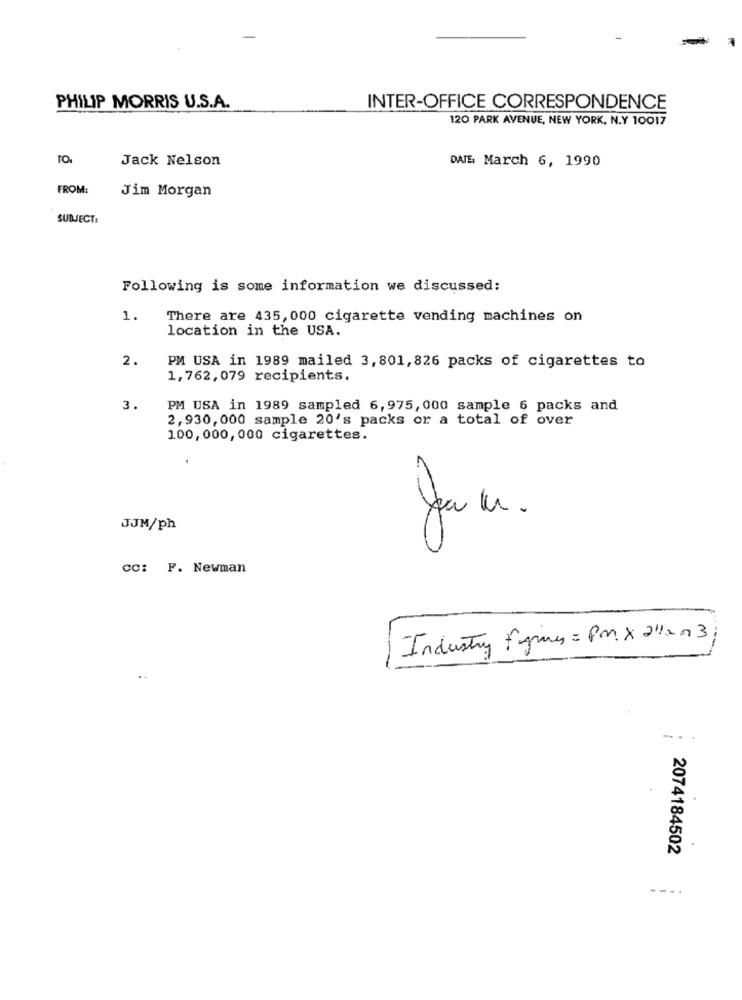
PHILIP MORRIS U.S.A.
INTER-OFFICE CORRESPONDENCE
120 PARK AVENUE, NEW YORK, N.Y 10017
TO.
Jack Nelson
DATE: March 6, 1990
FROM:
Jim Morgan
SUBJECT:
Following is some information we discussed:
1.
There are 435, 000 cigarette vending machines on
location in the USA.
2.
PM USA in 1989 mailed 3,801,826 packs of cigarettes to
1,762,079 recipients.
3.
PM USA in 1989 sampled 6,975, 000 sample 6 packs and
2,930,000 sample 20's packs or a total of over
100, 000, 000 cigarettes.
JJM/ph
cc: F. Newman
Industry Figures = Pm x 2"12 0 3
2074184502
--..